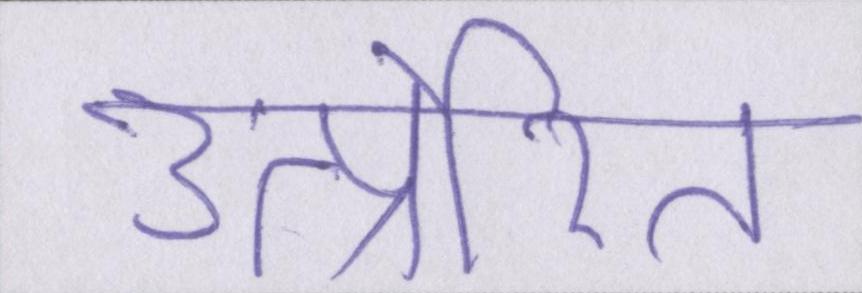
उत्प्रेरित